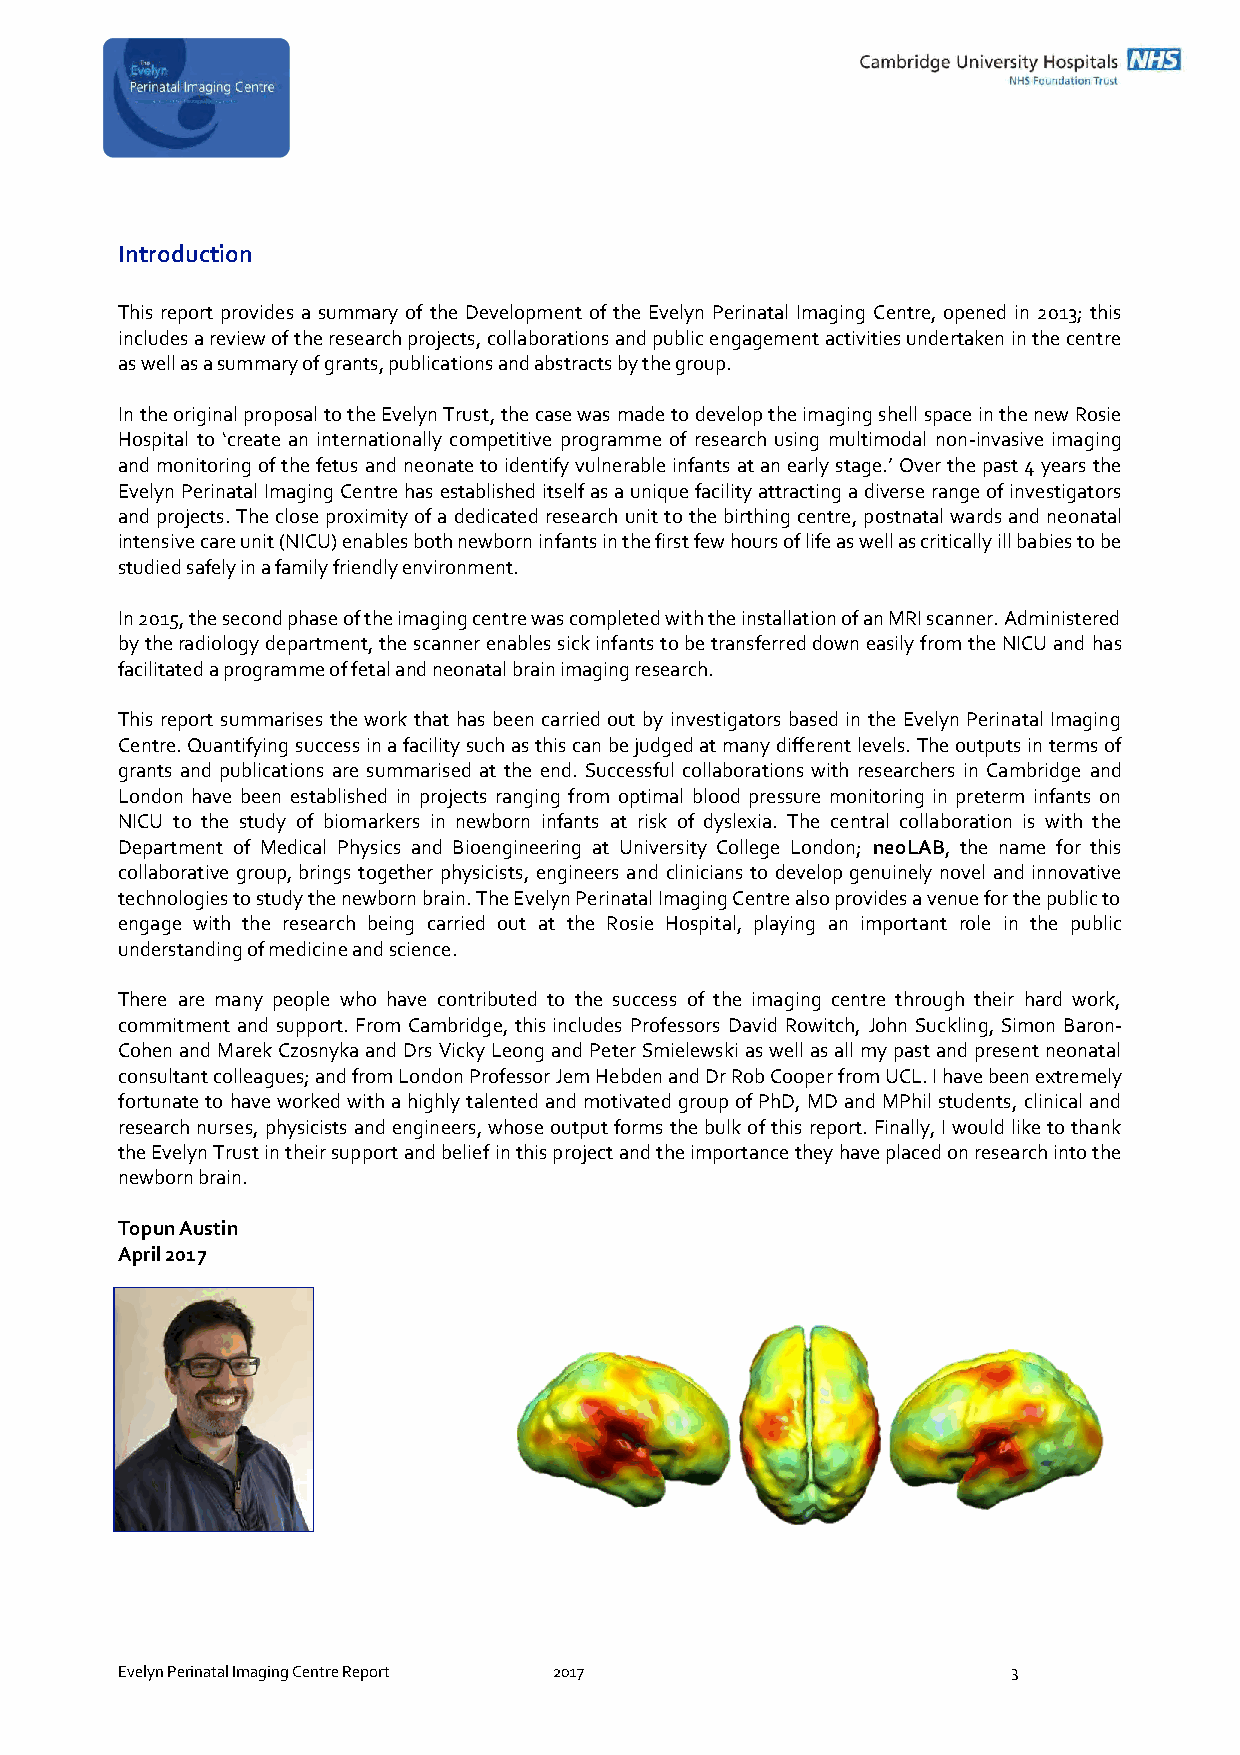
Introduction
 This report provides a summary of the Development of the Evelyn Perinatal Imaging Centre, opened in 2013; this
 includes a review of the research projects, collaborations and public engagement activities undertaken in the centre
 as well as a summary of grants, publications and abstracts by the group.
 In the original proposal to the Evelyn Trust, the case was made to develop the imaging shell space in the new Rosie
 Hospital to ‘create an internationally competitive programme of research using multimodal non-invasive imaging
 and monitoring of the fetus and neonate to identify vulnerable infants at an early stage.’ Over the past 4 years the
 Evelyn Perinatal Imaging Centre has established itself as a unique facility attracting a diverse range of investigators
 and projects. The close proximity of a dedicated research unit to the birthing centre, postnatal wards and neonatal
 intensive care unit (NICU) enables both newborn infants in the first few hours of life as well as critically ill babies to be
 studied safely in a family friendly environment.
 In 2015, the second phase of the imaging centre was completed with the installation of an MRI scanner. Administered
 by the radiology department, the scanner enables sick infants to be transferred down easily from the NICU and has
 facilitated a programme of fetal and neonatal brain imaging research.
 This report summarises the work that has been carried out by investigators based in the Evelyn Perinatal Imaging
 Centre. Quantifying success in a facility such as this can be judged at many different levels. The outputs in terms of
 grants and publications are summarised at the end. Successful collaborations with researchers in Cambridge and
 London have been established in projects ranging from optimal blood pressure monitoring in preterm infants on
 NICU to the study of biomarkers in newborn infants at risk of dyslexia. The central collaboration is with the
 Department of Medical Physics and Bioengineering at University College London; neoLAB, the name for this
 collaborative group, brings together physicists, engineers and clinicians to develop genuinely novel and innovative
 technologies to study the newborn brain. The Evelyn Perinatal Imaging Centre also provides a venue for the public to
 engage with the research being carried out at the Rosie Hospital, playing an important role in the public
 understanding of medicine and science.
 There are many people who have contributed to the success of the imaging centre through their hard work,
 commitment and support. From Cambridge, this includes Professors David Rowitch, John Suckling, Simon Baron-
 Cohen and Marek Czosnyka and Drs Vicky Leong and Peter Smielewski as well as all my past and present neonatal
 consultant colleagues; and from London Professor Jem Hebden and Dr Rob Cooper from UCL. I have been extremely
 fortunate to have worked with a highly talented and motivated group of PhD, MD and MPhil students, clinical and
 research nurses, physicists and engineers, whose output forms the bulk of this report. Finally, I would like to thank
 the Evelyn Trust in their support and belief in this project and the importance they have placed on research into the
 newborn brain.
 Topun Austin
 April 2017
 Evelyn Perinatal Imaging Centre Report 2017                3